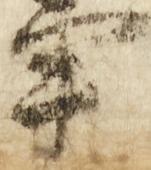
事